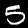
Digit: 5